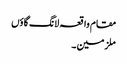
مقام واقعہ لانگ گاؤں
ملزمین ۔